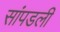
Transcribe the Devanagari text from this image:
सांपडली